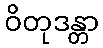
ဝိတုဒန္တာ